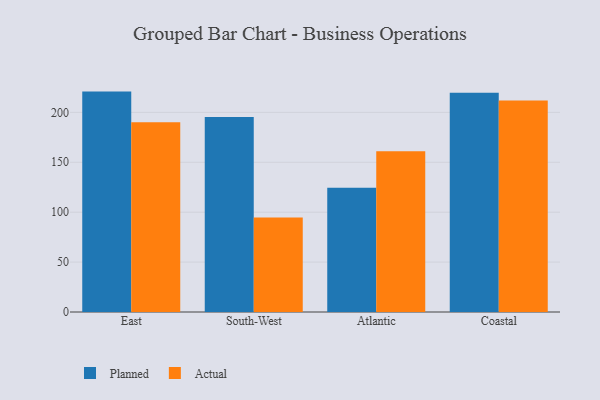
{"axis": {"x": "Region", "y": "Page Views"}, "legend": ["Actual", "Planned"], "data": [{"x": "East", "y": 220.8, "type": "Planned"}, {"x": "East", "y": 190.1, "type": "Actual"}, {"x": "South-West", "y": 195.4, "type": "Planned"}, {"x": "South-West", "y": 94.6, "type": "Actual"}, {"x": "Atlantic", "y": 124.6, "type": "Planned"}, {"x": "Atlantic", "y": 161.0, "type": "Actual"}, {"x": "Coastal", "y": 219.6, "type": "Planned"}, {"x": "Coastal", "y": 211.8, "type": "Actual"}]}